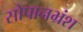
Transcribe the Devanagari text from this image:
सोपानभ्रंश